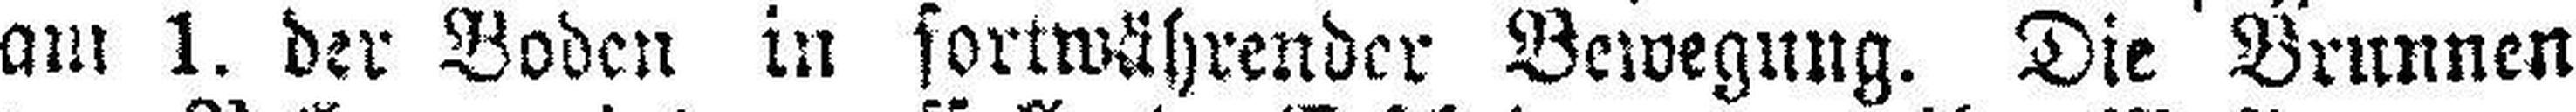
am 1. der Boden in fortwährender Bewegung. Die Brunnen